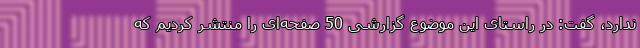
ندارد، گفت: در راستای این موضوع گزارشی 50 صفحه‌ای را منتشر کردیم که